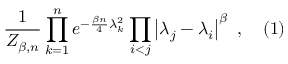
{ \frac { 1 } { Z _ { \beta , n } } } \prod _ { k = 1 } ^ { n } e ^ { - { \frac { \beta n } { 4 } } \lambda _ { k } ^ { 2 } } \prod _ { i < j } \left| \lambda _ { j } - \lambda _ { i } \right| ^ { \beta } ~ , \quad ( 1 )